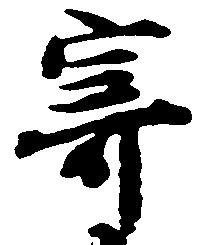
寄